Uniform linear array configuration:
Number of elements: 12
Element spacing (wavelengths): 0.25
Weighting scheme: exponential
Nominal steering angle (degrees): -30
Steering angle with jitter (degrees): -29.224
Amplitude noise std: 0.05
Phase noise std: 0.05

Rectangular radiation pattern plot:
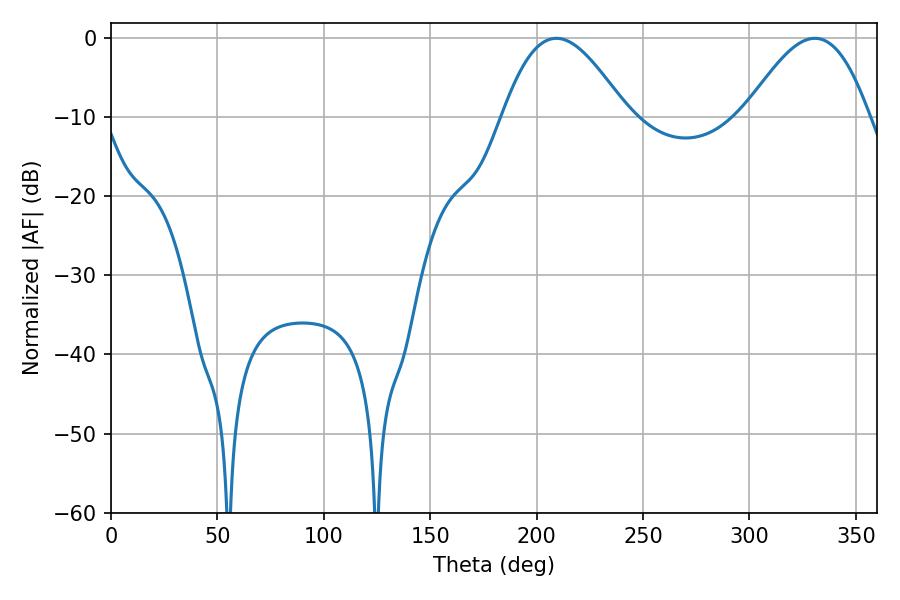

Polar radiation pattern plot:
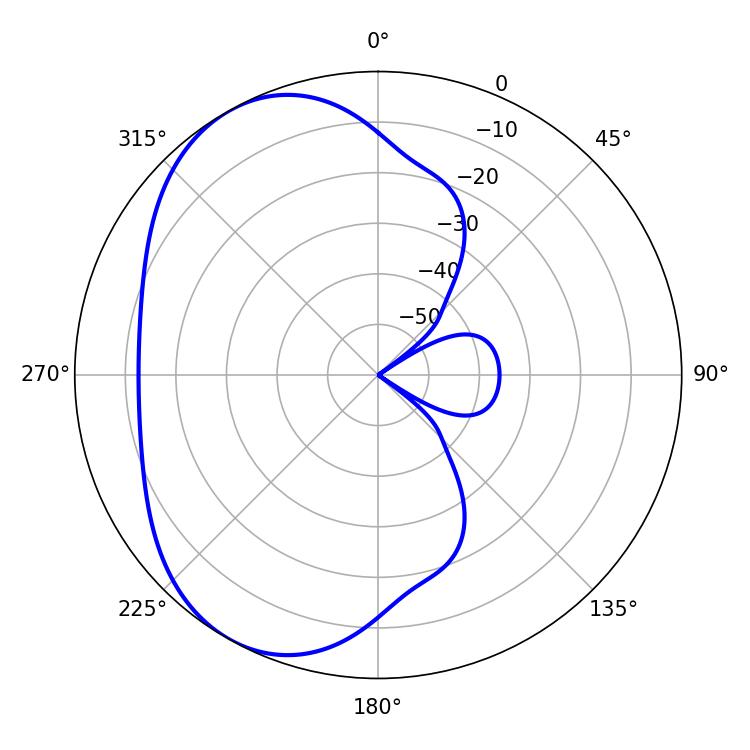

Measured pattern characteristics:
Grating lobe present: FALSE
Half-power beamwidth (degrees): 31.5
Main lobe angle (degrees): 209.34